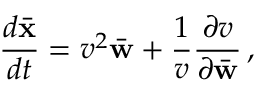
\frac { d \bar { \bf x } } { d t } = v ^ { 2 } \bar { \bf w } + \frac { 1 } { v } \frac { \partial v } { \partial \bar { \bf w } } \, ,